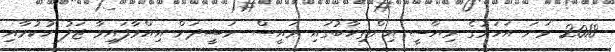
2018 ވަނަ އަހަރުގެ ރިޔާސީ އިންތިހާބުގައި ރައީސް ނަޝީދަށް އިއްވާފައިވާ ޖަލު ހުކުމާއި